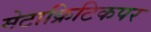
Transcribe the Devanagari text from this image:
मेटाक्रिटिकपर